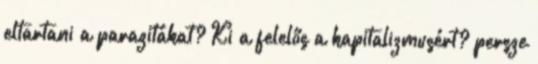
eltartani a parazitákat? Ki a felelős a kapitalizmusért? persze